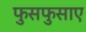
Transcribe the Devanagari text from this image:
फुसफुसाए